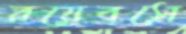
রয়েবসে